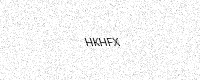
Text: HKHFX